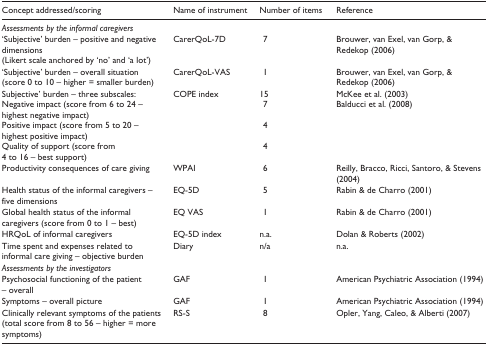
<table><thead><tr><td><b>Concept addressed/scoring</b></td><td><b>Name of instrument</b></td><td><b>Number of items</b></td><td><b>Reference</b></td></tr></thead><tbody><tr><td colspan="4"><i>Assessments by the informal caregivers</i></td></tr><tr><td>‘Subjective’ burden – positive and negative dimensions (Likert scale anchored by‘no’ and ‘a lot’)</td><td>CarerQoL-7D</td><td>7</td><td>Brouwer, van Exel, van Gorp,&amp; Redekop (2006)</td></tr><tr><td>‘Subjective’ burden – overall situation (score 0 to 10 – higher = smallerburden)</td><td>CarerQoL-VAS</td><td>1</td><td>Brouwer, van Exel, van Gorp,&amp; Redekop (2006)</td></tr><tr><td>Subjective’ burden – three subscales: Negative impact (score from 6 to 24 –highest negative impact) Positive impact (score from 5 to 20 – highest positiveimpact) Quality of support (score from 4 to 16 – best support)</td><td>COPE index</td><td>15 7 4 4</td><td>McKee et al. (2003)Balducci et al. (2008)</td></tr><tr><td>Productivity consequences of care giving</td><td>WPAI</td><td>6</td><td>Reilly, Bracco, Ricci,Santoro, &amp; Stevens (2004)</td></tr><tr><td>Health status of the informal caregivers – five dimensions</td><td>EQ-5D</td><td>5</td><td>Rabin &amp; de Charro(2001)</td></tr><tr><td>Global health status of the informal caregivers (score from 0 to 1 – best)</td><td>EQ VAS</td><td>1</td><td>Rabin &amp; de Charro(2001)</td></tr><tr><td>HRQoL of informal caregivers</td><td>EQ-5D index</td><td>n.a.</td><td>Dolan &amp; Roberts(2002)</td></tr><tr><td>Time spent and expenses related to informal care giving – objective burden</td><td>Diary</td><td>n/a</td><td>n.a.</td></tr><tr><td colspan="4"><i>Assessments by the investigators</i></td></tr><tr><td>Psychosocial functioning of the patient – overall</td><td>GAF</td><td>1</td><td>American PsychiatricAssociation (1994)</td></tr><tr><td>Symptoms – overall picture</td><td>GAF</td><td>1</td><td>American PsychiatricAssociation (1994)</td></tr><tr><td>Clinically relevant symptoms of the patients (total score from 8 to 56 – higher= more symptoms)</td><td>RS-S</td><td>8</td><td>Opler, Yang, Caleo, &amp;Alberti (2007)</td></tr></tbody></table>